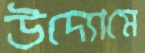
উদ্যোমে